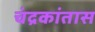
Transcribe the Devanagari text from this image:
चंद्रकांतास